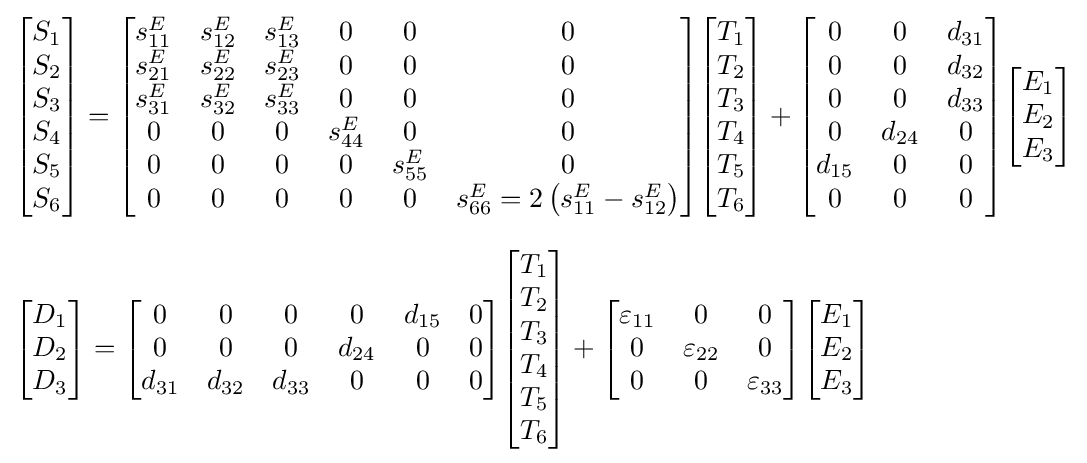
{\begin{aligned}&{\begin{bmatrix}S_{1}\\S_{2}\\S_{3}\\S_{4}\\S_{5}\\S_{6}\end{bmatrix}}={\begin{bmatrix}s_{11}^{E}&s_{12}^{E}&s_{13}^{E}&0&0&0\\s_{21}^{E}&s_{22}^{E}&s_{23}^{E}&0&0&0\\s_{31}^{E}&s_{32}^{E}&s_{33}^{E}&0&0&0\\0&0&0&s_{44}^{E}&0&0\\0&0&0&0&s_{55}^{E}&0\\0&0&0&0&0&s_{66}^{E}=2\left(s_{11}^{E}-s_{12}^{E}\right)\end{bmatrix}}{\begin{bmatrix}T_{1}\\T_{2}\\T_{3}\\T_{4}\\T_{5}\\T_{6}\end{bmatrix}}+{\begin{bmatrix}0&0&d_{31}\\0&0&d_{32}\\0&0&d_{33}\\0&d_{24}&0\\d_{15}&0&0\\0&0&0\end{bmatrix}}{\begin{bmatrix}E_{1}\\E_{2}\\E_{3}\end{bmatrix}}\\[8pt]&{\begin{bmatrix}D_{1}\\D_{2}\\D_{3}\end{bmatrix}}={\begin{bmatrix}0&0&0&0&d_{15}&0\\0&0&0&d_{24}&0&0\\d_{31}&d_{32}&d_{33}&0&0&0\end{bmatrix}}{\begin{bmatrix}T_{1}\\T_{2}\\T_{3}\\T_{4}\\T_{5}\\T_{6}\end{bmatrix}}+{\begin{bmatrix}{\varepsilon }_{11}&0&0\\0&{\varepsilon }_{22}&0\\0&0&{\varepsilon }_{33}\end{bmatrix}}{\begin{bmatrix}E_{1}\\E_{2}\\E_{3}\end{bmatrix}}\end{aligned}}